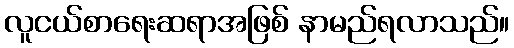
လူငယ်စာရေးဆရာအဖြစ် နာမည်ရလာသည်။